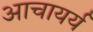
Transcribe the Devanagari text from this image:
आचायर्य